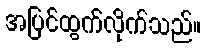
အပြင်ထွက်လိုက်သည်။